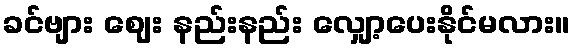
ခင်ဗျား ဈေး နည်းနည်း လျှော့ပေးနိုင်မလား။